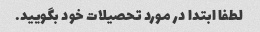
لطفا ابتدا در مورد تحصیلات خود بگویید.